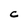
Character: C